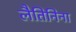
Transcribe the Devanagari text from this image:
लैतिनिना